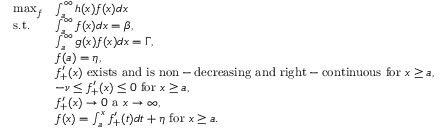
\begin{array} { r l } { \operatorname* { m a x } _ { f } } & { \int _ { a } ^ { \infty } h ( x ) f ( x ) d x } \\ { \mathrm { ~ s . t . ~ } \ \ } & { \int _ { a } ^ { \infty } f ( x ) d x = \beta , } \\ & { \int _ { a } ^ { \infty } g ( x ) f ( x ) d x = \Gamma , } \\ & { f ( a ) = \eta , } \\ & { f _ { + } ^ { \prime } ( x ) \ \mathrm { e x i s t s ~ a n d ~ i s ~ n o n - d e c r e a s i n g ~ a n d ~ r i g h t - c o n t i n u o u s ~ f o r ~ } x \geq a , } \\ & { - \nu \leq f _ { + } ^ { \prime } ( x ) \leq 0 \ \mathrm { f o r ~ } x \geq a , } \\ & { f _ { + } ^ { \prime } ( x ) \rightarrow 0 \ \mathrm { a } \ x \rightarrow \infty , } \\ & { f ( x ) = \int _ { a } ^ { x } f _ { + } ^ { \prime } ( t ) d t + \eta \ \mathrm { f o r } \ x \geq a . } \end{array}